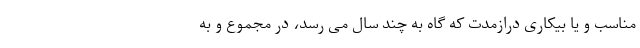
مناسب و یا بیکاری درازمدت که گاه به چند سال می رسد، در مجموع و به